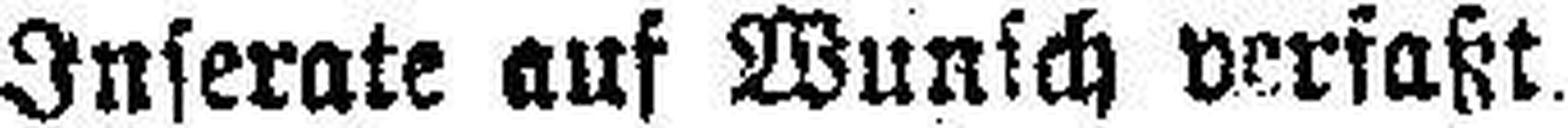
Inserate auf Wunsch verfaßt.